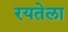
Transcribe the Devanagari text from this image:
रयतेला